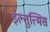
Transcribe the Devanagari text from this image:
इल्तुत्मिस